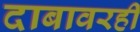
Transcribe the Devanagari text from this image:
दाबावरही